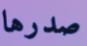
صدرها